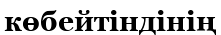
көбейтіндінің